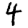
Digit: 4